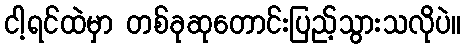
ငါ့ရင်ထဲမှာ တစ်ခုဆုတောင်းပြည့်သွားသလိုပဲ။